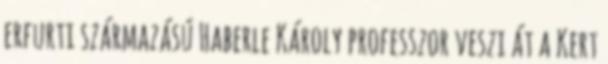
erfurti származású Haberle Károly professzor veszi át a Kert